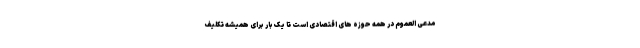
مدعی العموم در همه حوزه های اقتصادی است تا یک بار برای همیشه تکلیف